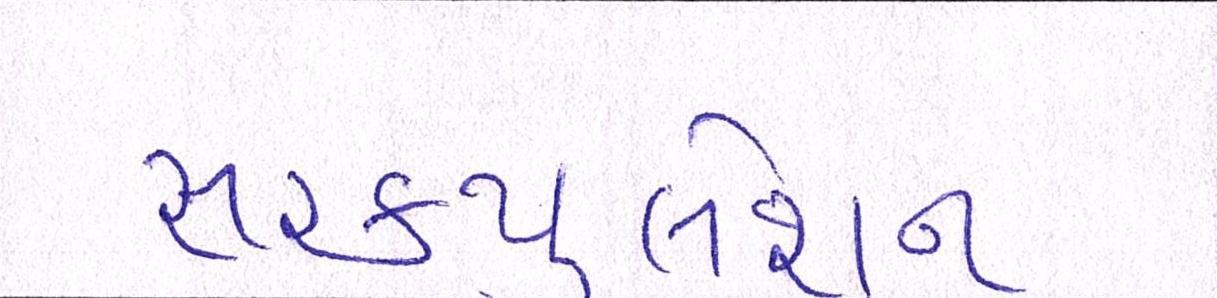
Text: સરકયુલેશન